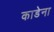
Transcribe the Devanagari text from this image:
काडेना